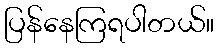
ပြန်နေကြရပါတယ်။